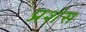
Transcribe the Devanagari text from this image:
प्रशंस